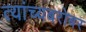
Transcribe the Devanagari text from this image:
त्यांच्यबरोबर